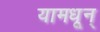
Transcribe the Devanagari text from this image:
यामधून्